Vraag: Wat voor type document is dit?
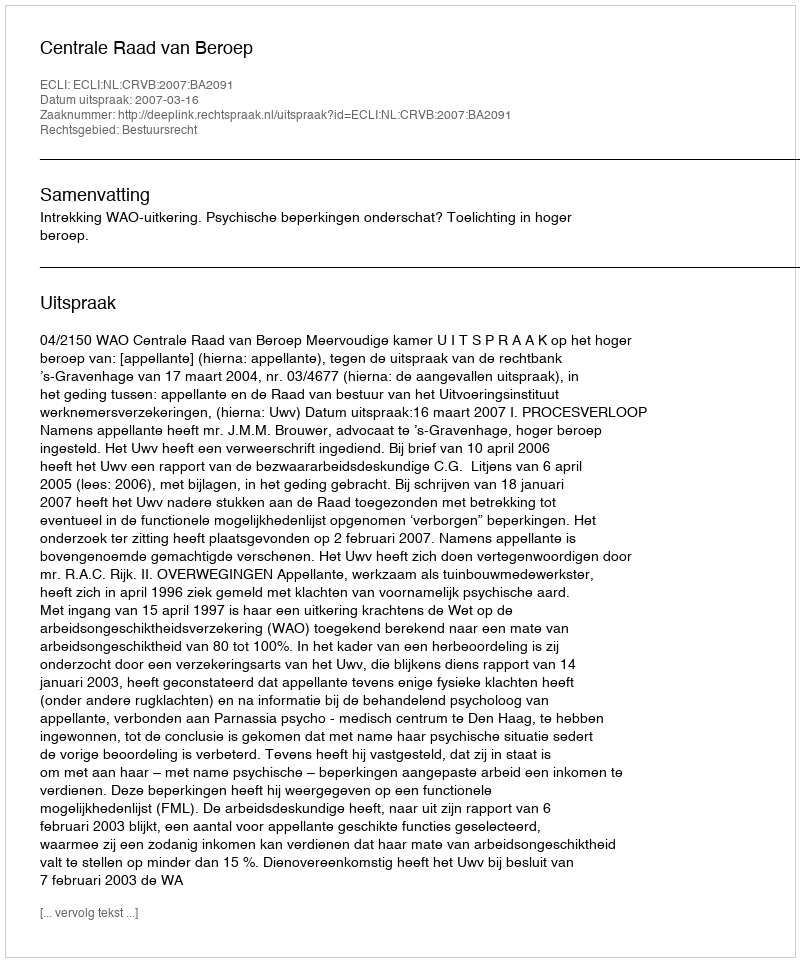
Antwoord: Uitspraak